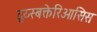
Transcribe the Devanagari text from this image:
द्य्स्बक्तेरिओसिस